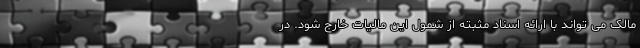
مالک می تواند با ارائه اسناد مثبته از شمول این مالیات خارج شود. در